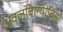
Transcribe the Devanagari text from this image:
अवलंबिल्याविना